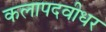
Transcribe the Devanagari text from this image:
कलापदवीधर